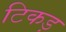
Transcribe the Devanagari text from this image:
टिकड़